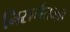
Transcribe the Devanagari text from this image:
निसर्गतज्ज्ञ